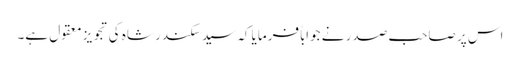
اس پر صاحبِ صدر نے جواباً فرمایا کہ سید سکندر شاہ کی تجویز معقول ہے۔